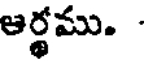
ఆర్థము.